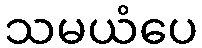
သမယံပေ